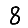
Digit: 8